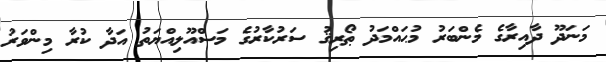
މަނަދޫ ދާއިރާގެ މެންބަރު މުޙައްމަދު ޠޯރިޤު ސަރުކާރުގެ މަސްއޫލިއްޔަތު އަދާ ކުރާ މިންވަރު